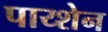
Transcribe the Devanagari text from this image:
पाय्शेन